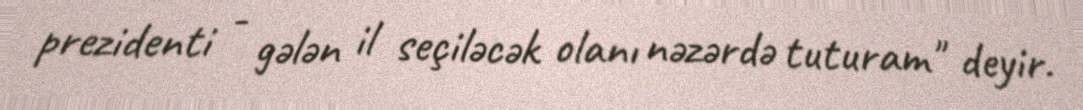
prezidenti - gələn il seçiləcək olanı nəzərdə tuturam" deyir.